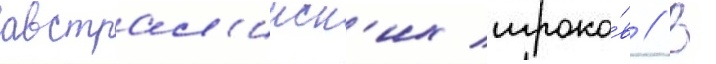
австрал'ииск'их игроко́в // В